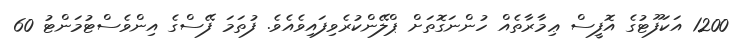
1200 އަކަފޫޓުގެ އޮފީސް ޢިމާރާތެއް ހުންނަގޮތަށް ޕްލޭންކުރެވިފައިވެއެވެ. ފުތަމަ ފޭސްގެ އިންވެސްޓުމަންޓު 60